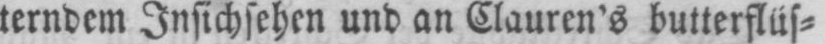
terndem Insichsehen und an Clauren’s butterflüs⸗